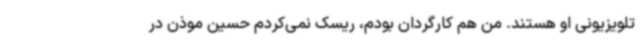
تلویزیونی او هستند. من هم کارگردان بودم، ریسک نمی‌کردم حسین موذن در